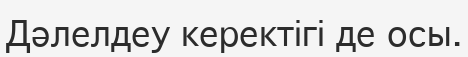
Дәлелдеу керектігі де осы.